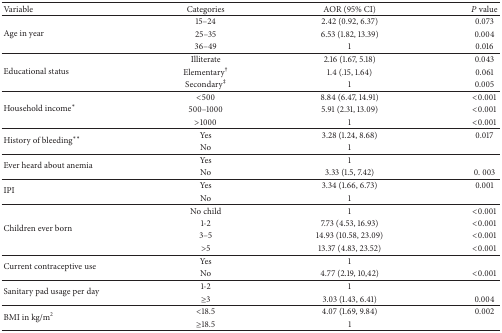
| Variable | Categories | AOR (95% CI) | P value |
 | --- | --- | --- | --- |
 | <ROWSPAN=3> Age in year | 15–24 | 2.42 (0.92, 6.37) | 0.073 |
 | 25–35 | 6.53 (1.82, 13.39) | 0.004 |
 | 36–49 | 1 | 0.016 |
 | <ROWSPAN=3> Educational status | Illiterate | 2.16 (1.67, 5.18) | 0.043 |
 | Elementary† | 1.4 (.15, 1.64) | 0.061 |
 | Secondary‡ | 1 | 0.005 |
 | <ROWSPAN=3> Household income* | <500 | 8.84 (6.47, 14.91) | <0.001 |
 | 500–1000 | 5.91 (2.31, 13.09) | <0.001 |
 | >1000 | 1 | <0.001 |
 | <ROWSPAN=2> History of bleeding** | Yes | 3.28 (1.24, 8.68) | 0.017 |
 | No | 1 |  |
 | <ROWSPAN=2> Ever heard about anemia | Yes | 1 |  |
 | No | 3.33 (1.5, 7.42) | 0. 003 |
 | <ROWSPAN=2> IPI | Yes | 3.34 (1.66, 6.73) | 0.001 |
 | No | 1 |  |
 | <ROWSPAN=4> Children ever born | No child | 1 | <0.001 |
 | 1-2 | 7.73 (4.53, 16.93) | <0.001 |
 | 3–5 | 14.93 (10.58, 23.09) | <0.001 |
 | >5 | 13.37 (4.83, 23.52) | <0.001 |
 | <ROWSPAN=2> Current contraceptive use | Yes | 1 |  |
 | No | 4.77 (2.19, 10,42) | <0.001 |
 | <ROWSPAN=2> Sanitary pad usage per day | 1-2 | 1 |  |
 | ≥3 | 3.03 (1.43, 6.41) | 0.004 |
 | <ROWSPAN=2> BMI in kg/m2 | <18.5 | 4.07 (1.69, 9.84) | 0.002 |
 | ≥18.5 | 1 |  |